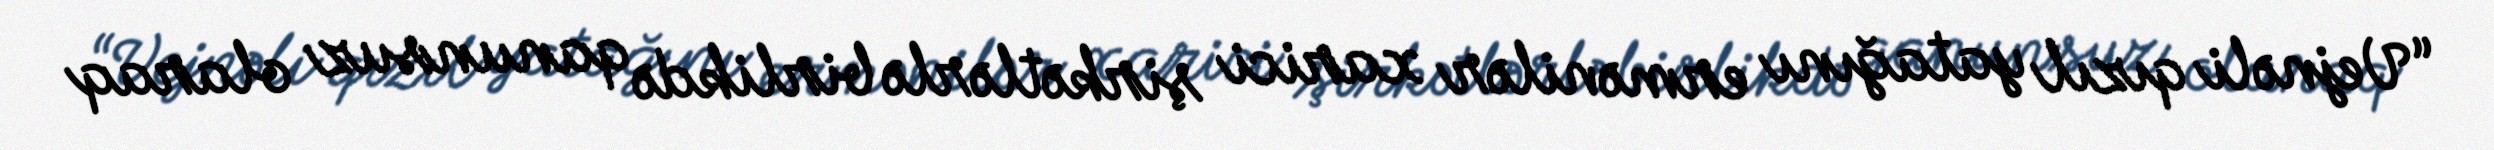
“Vejnəli qızıl yatağını ermənilər xarici şirkətlərlə birlikdə qanunsuz olaraq